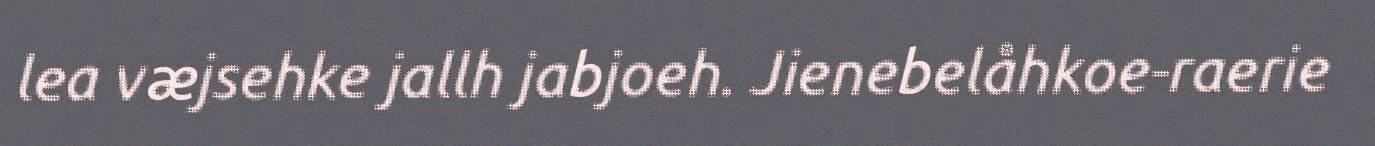
lea væjsehke jallh jabjoeh. Jienebelåhkoe-raerie